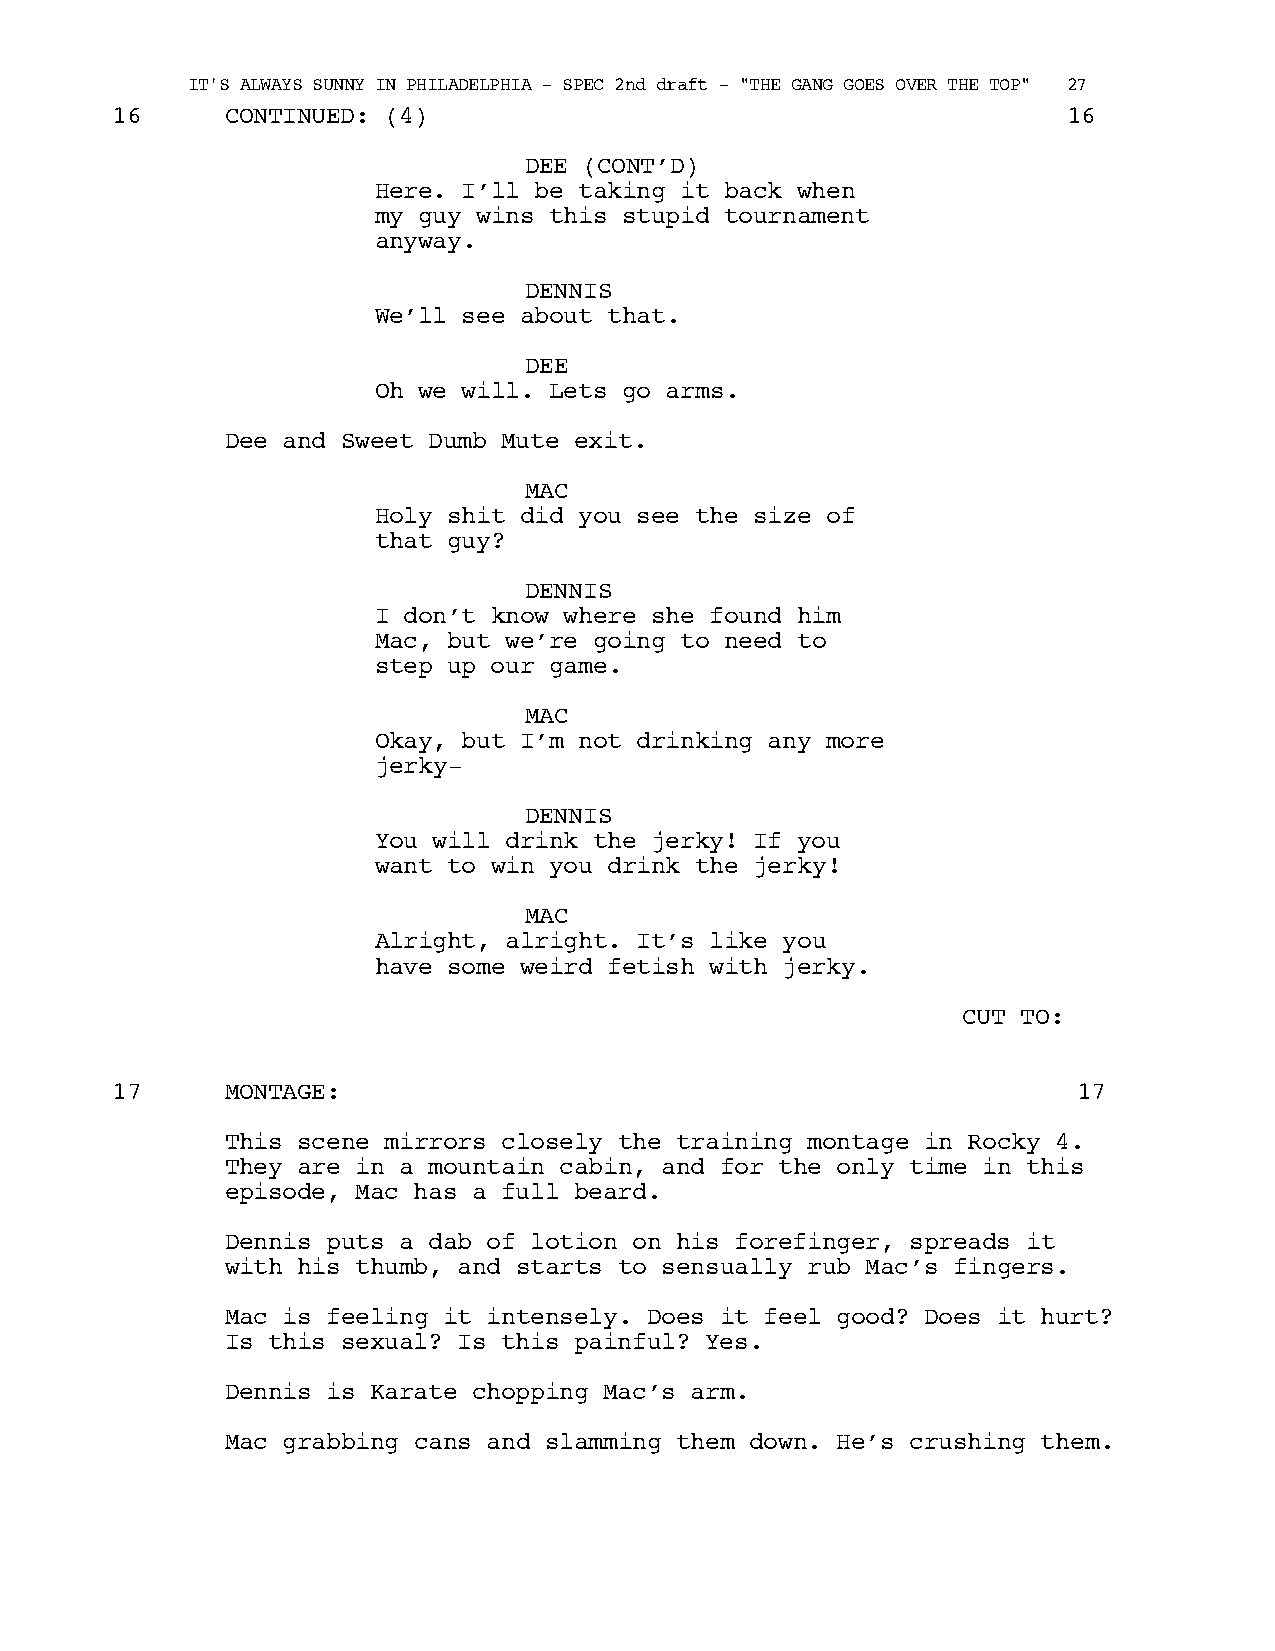
IT'S ALWAYS SUNNY IN PHILADELPHIA - SPEC 2nd draft - "THE GANG GOES OVER THE TOP" 27
 16      CONTINUED: (4)                                          16
 DEE (CONT’D)
 Here. I’ll be taking it back when
 my guy wins this stupid tournament
 anyway.
 DENNIS
 We’ll see about that.
 DEE
 Oh we will. Lets go arms.
 Dee and Sweet Dumb Mute exit.
 MAC
 Holy shit did you see the size of
 that guy?
 DENNIS
 I don’t know where she found him
 Mac, but we’re going to need to
 step up our game.
 MAC
 Okay, but I’m not drinking any more
 jerky-
 DENNIS
 You will drink the jerky! If you
 want to win you drink the jerky!
 MAC
 Alright, alright. It’s like you
 have some weird fetish with jerky.
 CUT TO:
 17      MONTAGE:                                                17
 This scene mirrors closely the training montage in Rocky 4.
 They are in a mountain cabin, and for the only time in this
 episode, Mac has a full beard.
 Dennis puts a dab of lotion on his forefinger, spreads it
 with his thumb, and starts to sensually rub Mac’s fingers.
 Mac is feeling it intensely. Does it feel good? Does it hurt?
 Is this sexual? Is this painful? Yes.
 Dennis is Karate chopping Mac’s arm.
 Mac grabbing cans and slamming them down. He’s crushing them.